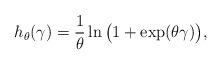
LaTeX: \begin{align*}h_\theta(\gamma) = \frac{1}{\theta} \ln \big(1 + \exp(\theta \gamma)\big),\end{align*}